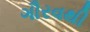
ગૌરવથી